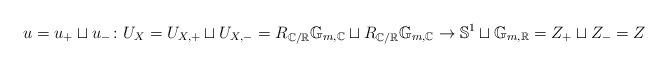
LaTeX: \begin{align*}u=u_{+}\sqcup u_{-}\colon U_{X}=U_{X,+}\sqcup U_{X,-}=R_{\mathbb{C}/\mathbb{R}}\mathbb{G}_{m,\mathbb{C}}\sqcup R_{\mathbb{C}/\mathbb{R}}\mathbb{G}_{m,\mathbb{C}}\to\mathbb{S}^{1}\sqcup\mathbb{G}_{m,\mathbb{R}}=Z_{+}\sqcup Z_{-}=Z\end{align*}